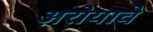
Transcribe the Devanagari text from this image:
अरोयावे